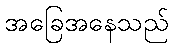
အခြေအနေသည်